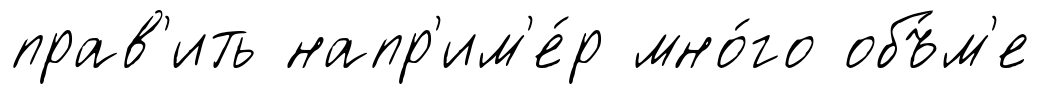
прав'ить напр'им'е́р мно́го объ́м'е